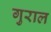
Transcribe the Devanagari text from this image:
गुराल